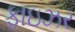
ફાઇઝર